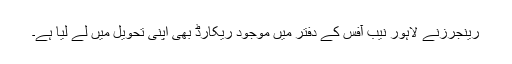
رینجرزنے لاہور نیب آفس کے دفتر میں موجود ریکارڈ بھی اپنی تحویل میں لے لیا ہے۔